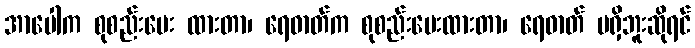
အာပေါက စုစည်းပေး ထားတာ၊ ရေဓာတ်က စုစည်းပေးထားတာ၊ ရေဓာတ် မရှိဘူးဆိုရင်